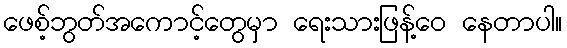
ဖေစ့်ဘွတ်အကောင့်တွေမှာ ရေးသားဖြန့်ဝေ နေတာပါ။